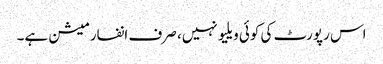
اس رپورٹ کی کوئی ویلیو نہیں، صرف انفارمیشن ہے۔